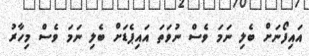
އައިފޯނަށް ބެލި ނަމަ ވެސް ނުވަތަ އައިޕެޑަށް ބެލި ނަމަ ވެސް މިހާރު